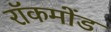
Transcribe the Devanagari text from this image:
रॉकमोंड